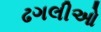
ઢગલીઓ